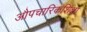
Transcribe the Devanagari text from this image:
औपचारिकशिक्षा